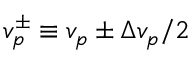
v _ { p } ^ { \pm } \equiv v _ { p } \pm \Delta v _ { p } / 2